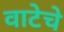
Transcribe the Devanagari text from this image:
वाटेचे